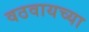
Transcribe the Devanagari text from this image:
वठवायच्या